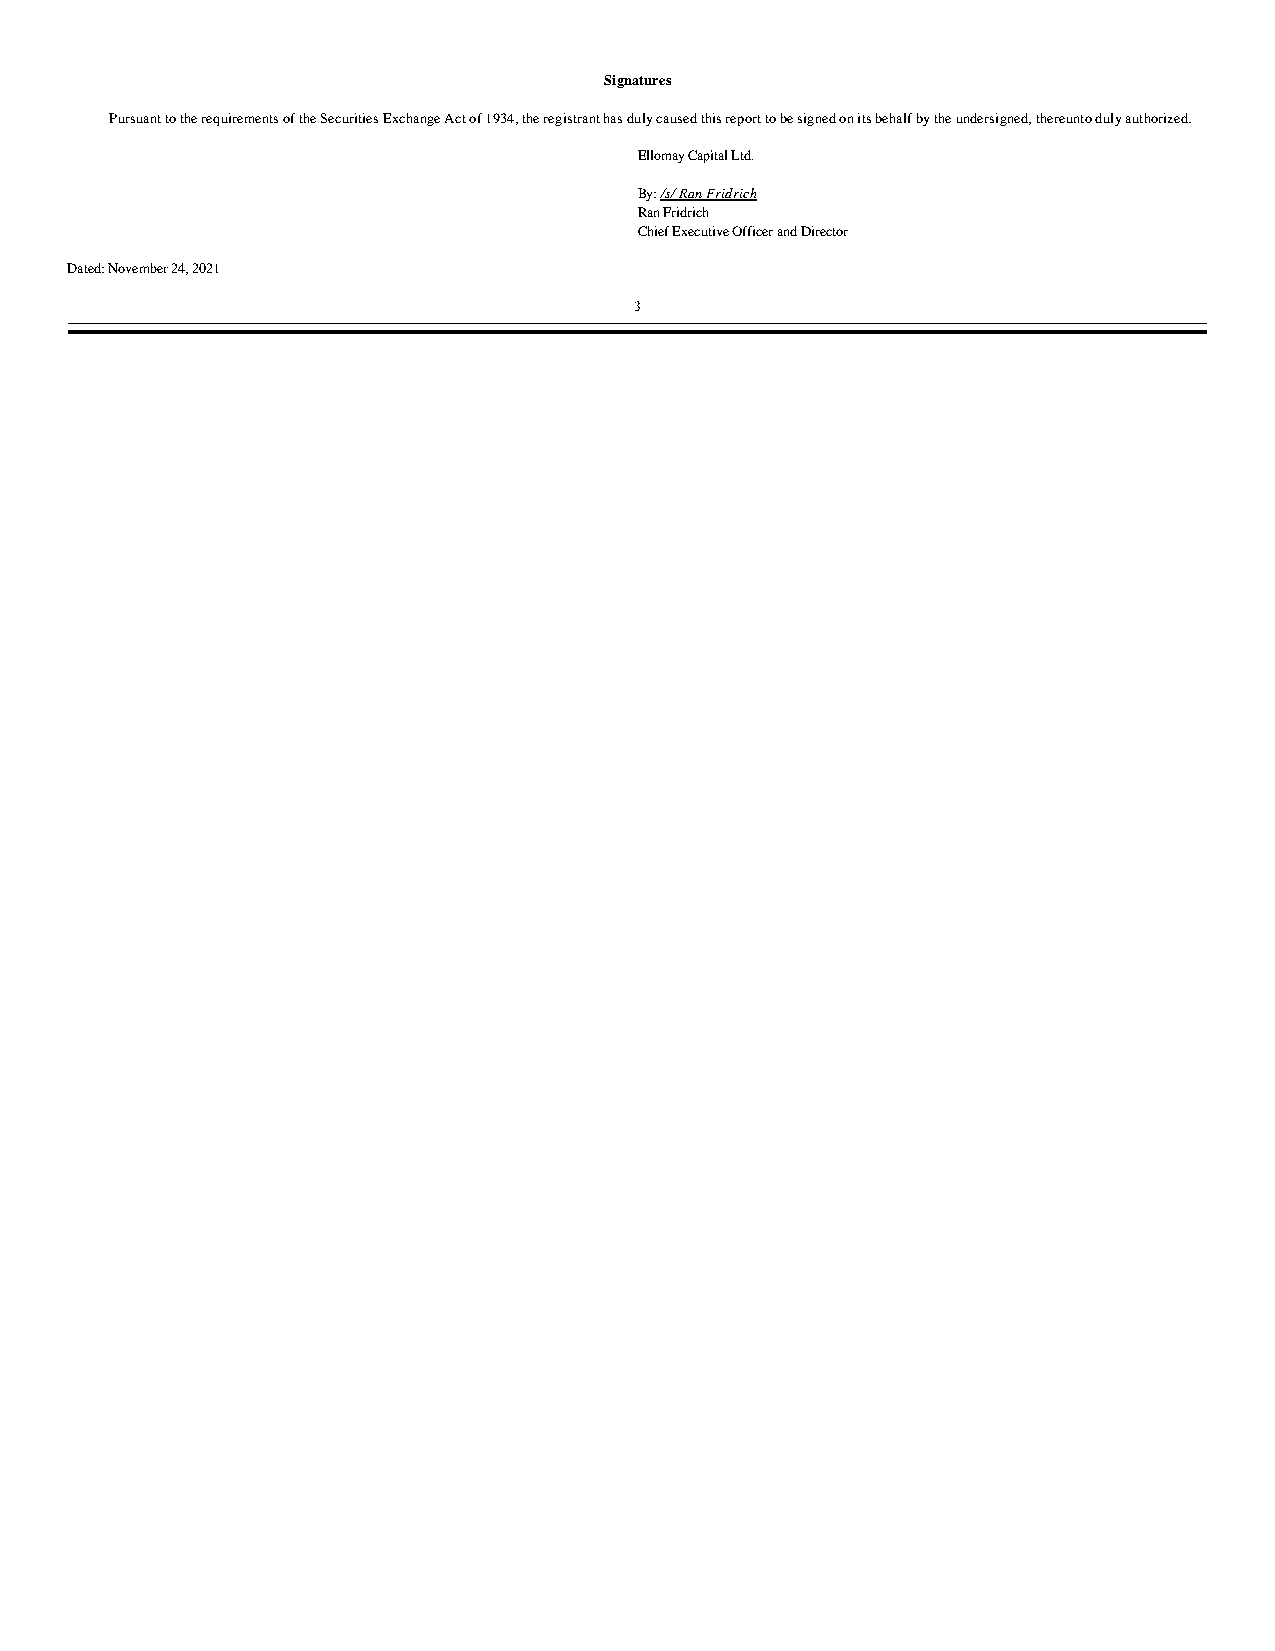
Signatures
 Pursuant to the requirements of the Securities Exchange Act of 1934, the registrant has duly caused this report to be signed on its behalf by the undersigned, thereunto duly authorized.
 Ellomay Capital Ltd.
 By: /s/ Ran Fridrich
 Ran Fridrich
 Chief Executive Officer and Director
 Dated: November 24, 2021
 3